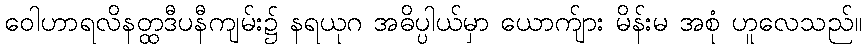
ဝေါဟာရလိနတ္ထဒီပနီကျမ်း၌ နရယုဂ အဓိပ္ပါယ်မှာ ယောက်ျား မိန်းမ အစုံ ဟူလေသည်။